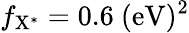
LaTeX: f_{\mathrm{{X^{*}}}}=0.6~\mathrm{{(eV)^{2}}}